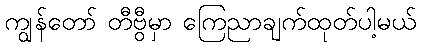
ကျွန်တော် တီဗွီမှာ ကြေညာချက်ထုတ်ပါ့မယ်